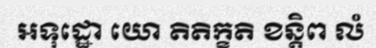
ឣទុដ្ឋោ យោ តិតិក្ខតិ ខន្តិព លំ